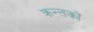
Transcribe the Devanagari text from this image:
क्रन्तकों